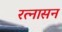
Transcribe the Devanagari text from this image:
रत्नासन